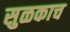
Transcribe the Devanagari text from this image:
सुळकाच